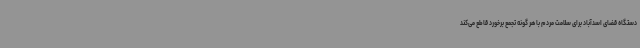
دستگاه قضای اسدآباد برای سلامت مردم با هر گونه تجمع برخورد قاطع می‌کند